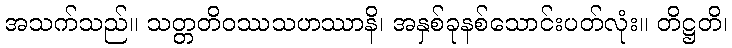
အသက်သည်။ သတ္တတိဝဿသဟဿာနိ၊ အနှစ်ခုနစ်သောင်းပတ်လုံး။ တိဋ္ဌတိ၊